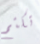
تكتم